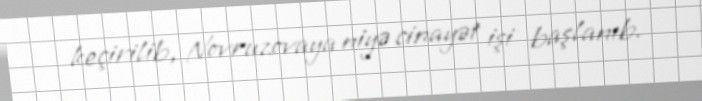
keçirilib, Novruzovaya niyə cinayət işi başlanıb.